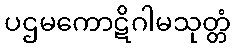
ပဌမကောဋိဂါမသုတ္တံ